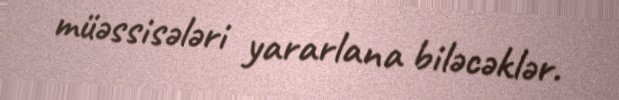
müəssisələri yararlana biləcəklər.